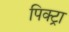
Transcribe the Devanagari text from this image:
पिक्ट्रा